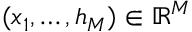
( x _ { 1 } , \hdots , h _ { M } ) \in \mathbb { R } ^ { M }